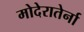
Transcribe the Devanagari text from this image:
मोदेरातेर्ना